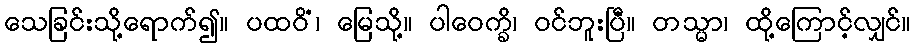
သေခြင်းသို့ရောက်၍။ ပထဝိံ၊ မြေသို့။ ပါဝေက္ခိ၊ ဝင်ဘူးပြီ။ တသ္မာ၊ ထို့ကြောင့်လျှင်။